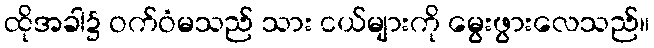
ထိုအခါ၌ ဝက်ဝံမသည် သား ငယ်များကို မွေးဖွားလေသည်။